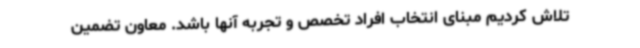
تلاش کردیم مبنای انتخاب افراد تخصص و تجربه آنها باشد. معاون تضمین